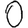
Digit: 0